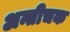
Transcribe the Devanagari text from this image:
अन्तीचक